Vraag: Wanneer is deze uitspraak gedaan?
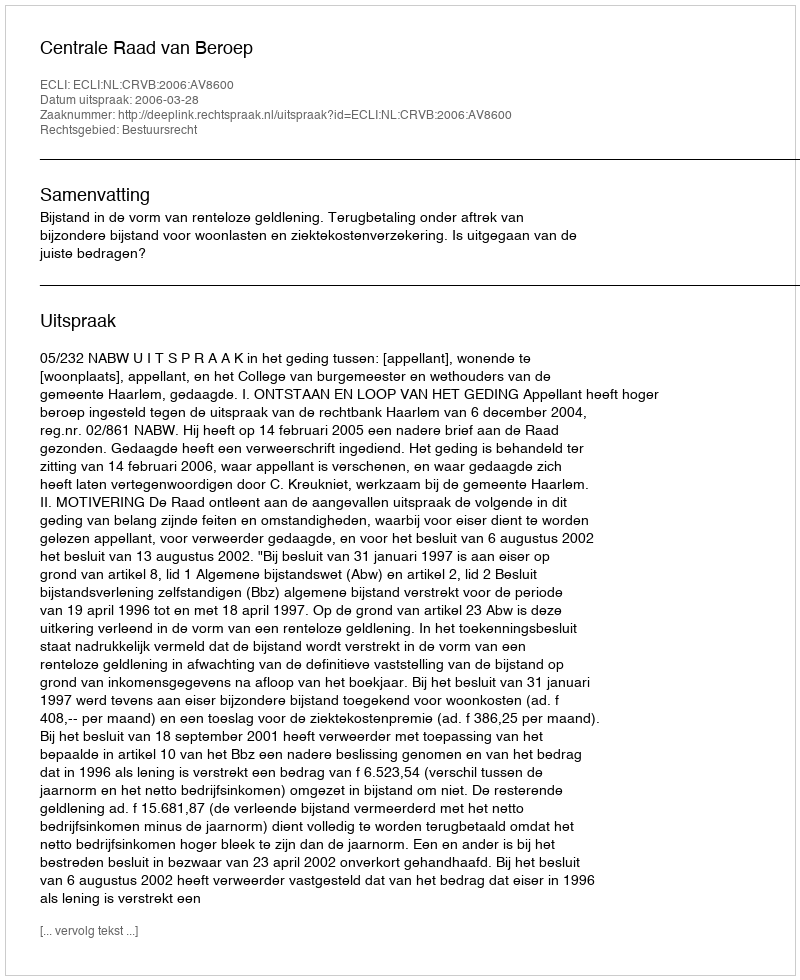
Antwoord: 2006-03-28